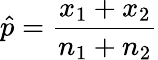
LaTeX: {\hat{p}}={\frac{x_{1}+x_{2}}{n_{1}+n_{2}}}